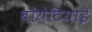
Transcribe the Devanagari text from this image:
बोयेटियाई